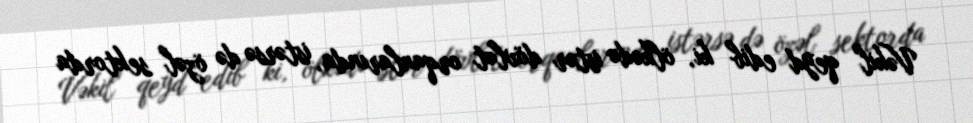
Vəkil qeyd edib ki, ölkədə istər dövlət orqanlarında, istərsə də özəl sektorda